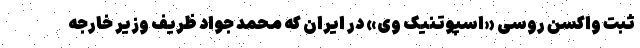
ثبت واکسن روسی «اسپوتنیک وی» در ایران که محمد جواد ظریف وزیر خارجه